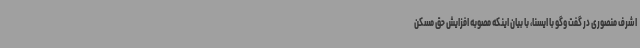
اشرف منصوری در گفت وگو با ایسنا، با بیان اینکه مصوبه افزایش حق مسکن